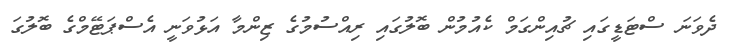
ދެވަނަ ސްޓަޑީގައި ޗުއިންގަމް ކެއުމުން ބޮލުގައި ރިއްސުމުގެ ޒިންމާ އަޅުވަނީ އެސްޕަޓޭމްގެ ބޮލުގަ